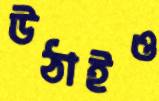
উঠাইও